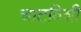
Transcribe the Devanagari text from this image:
चाटविशी